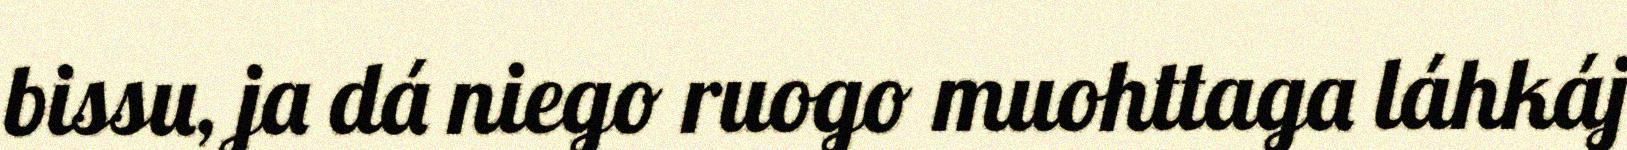
bissu, ja dá niego ruogo muohttaga láhkáj